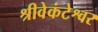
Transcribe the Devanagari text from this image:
श्रीवेकंटेश्वर